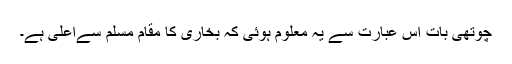
چوتھی بات اس عبارت سے یہ معلوم ہوئی کہ بخاری کا مقام مسلم سےاعلیٰ ہے۔